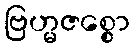
ဗြဟ္မဇစ္စော